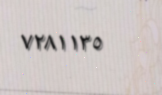
٧٢٨١١٣٥